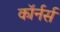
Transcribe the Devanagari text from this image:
कॉर्नर्स